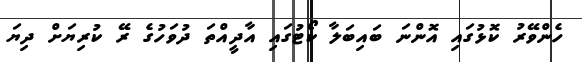
ހެންވޭރު ކޮޅުގައި އޮންނަ ބައިބަލާ ކޯޓުގައި އާދީއްތަ ދުވަހުގެ ރޭ ކުރިޔަށް ދިޔަ